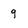
Character: 9